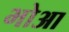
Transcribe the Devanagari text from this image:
भोआ